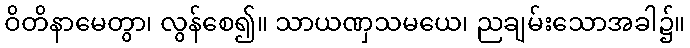
ဝိတိနာမေတွာ၊ လွန်စေ၍။ သာယဏှသမယေ၊ ညချမ်းသောအခါ၌။